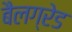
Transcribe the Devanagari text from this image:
बैलग्रेड